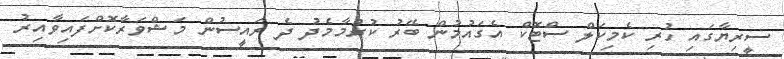
ސީރިޔާގައި ހުރި ކެމިކަލް ސްޓޮކް އެގައުމުން ބޭރު ކުރުމާމެދު ދެ ރައީސުން މަޝްވަރާކޮށްފައިވާއިރު